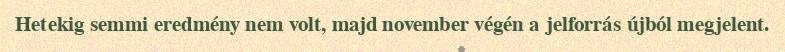
Hetekig semmi eredmény nem volt, majd november végén a jelforrás újból megjelent.